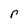
Character: r